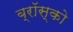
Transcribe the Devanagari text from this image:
ब्रॉस्को